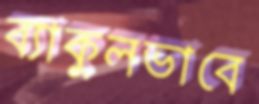
ব্যাকুলভাবে